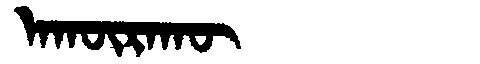
Manchu: ᠠᡴᡡᡵᠠᡴᡡ
Romanization: AKŪRAKŪ